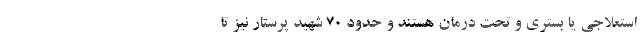
استعلاجی یا بستری و تحت درمان هستند و حدود ۷۰ شهید پرستار نیز تا